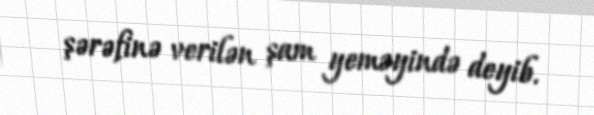
şərəfinə verilən şam yeməyində deyib.